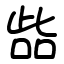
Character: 啙